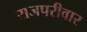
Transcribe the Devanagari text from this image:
राजपरीवार